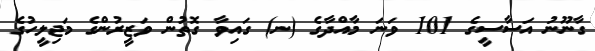
ގާނޫނު އަސާސީގެ 101 ވަނަ މާއްދާގެ (ނ) ގައިވާ ގޮތުން ވަޒީރުންގެ މަޖިލީހުގެ